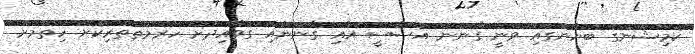
ކޮމިޝަންގެ ބަޔާނުގައި ވަނީ ގާނޫނު އަސާސީ އާއި ގާނޫނާއި ގަވާއިދަށް ހުރުމަތްތެރިކޮށް ހިތުމަށް